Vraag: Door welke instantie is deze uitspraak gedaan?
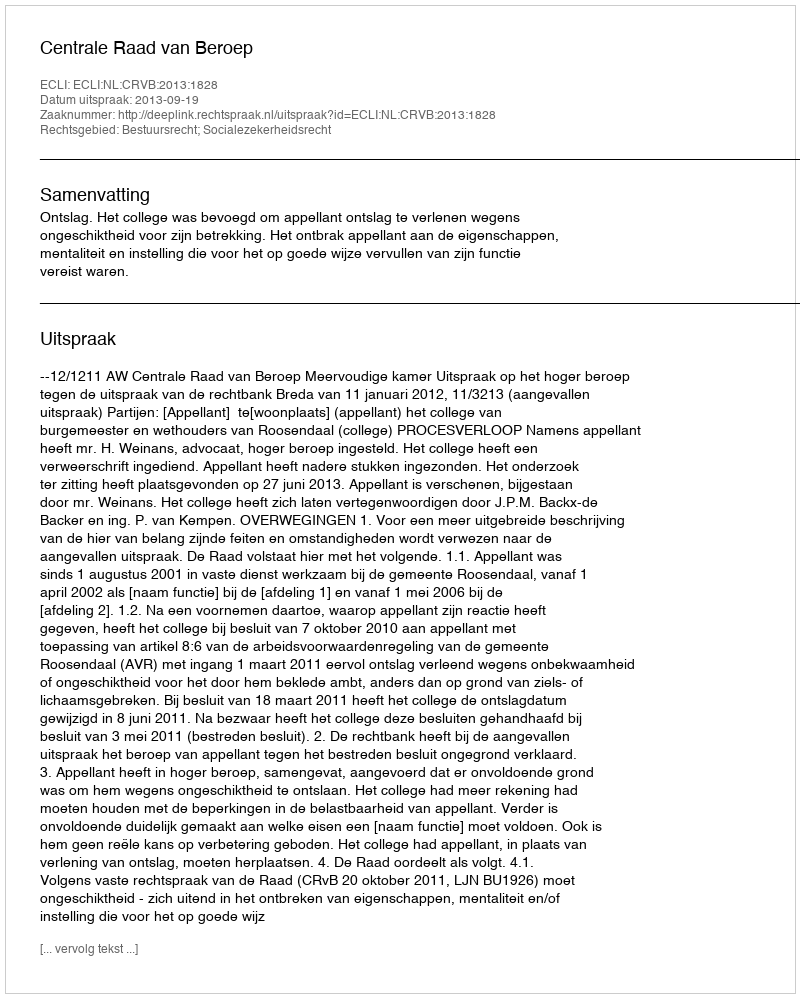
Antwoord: Centrale Raad van Beroep